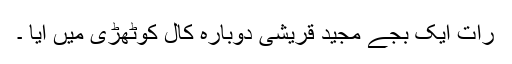
رات ایک بجے مجید قریشی دوبارہ کال کوٹھڑی میں آیا ۔